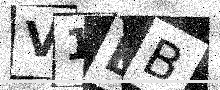
Text: V1BB